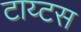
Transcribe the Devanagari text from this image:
टाय्टस